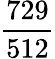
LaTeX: \frac{729}{512}